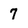
Character: 7